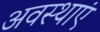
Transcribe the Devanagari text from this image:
अवस्‍थाएं